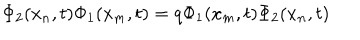
LaTeX: \Phi _ { 2 } ( x _ { n } , t ) \Phi _ { 1 } ( x _ { m } , t ) = q \Phi _ { 1 } ( x _ { m } , t ) \Phi _ { 2 } ( x _ { n } , t )